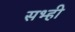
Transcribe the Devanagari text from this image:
सभ्ही